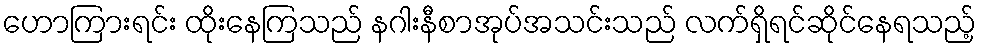
ဟောကြားရင်း ထိုးနေကြသည် နဂါးနီစာအုပ်အသင်းသည် လက်ရှိရင်ဆိုင်နေရသည့်